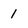
Character: I